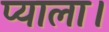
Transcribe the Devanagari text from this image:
प्याला।